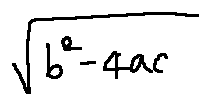
\sqrt { b ^ { 2 } - 4 a c }